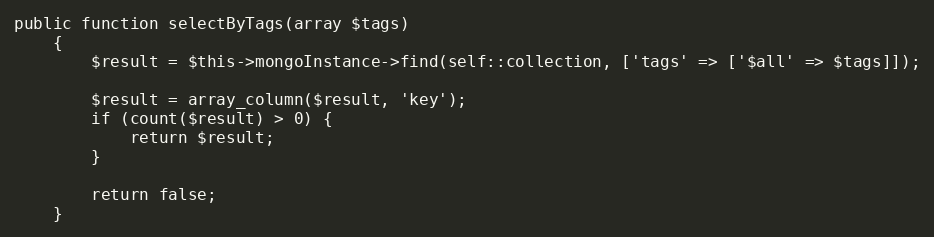
Language: PHP
public function selectByTags(array $tags)
    {
        $result = $this->mongoInstance->find(self::collection, ['tags' => ['$all' => $tags]]);

        $result = array_column($result, 'key');
        if (count($result) > 0) {
            return $result;
        }

        return false;
    }